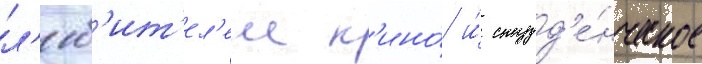
л'юб'ит'ел'еи к'ино́ и́ студ'е́нческое